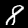
Digit: 8